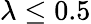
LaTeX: \lambda\leq 0.5